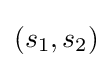
\left(s_{1},s_{2}\right)